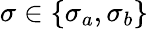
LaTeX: \sigma\in\{ \sigma_{a},\sigma_{b}\}